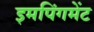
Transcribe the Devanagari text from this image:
इमपिंगमेंट